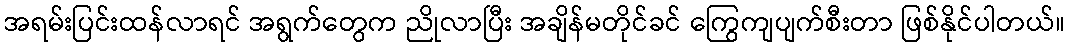
အရမ်းပြင်းထန်လာရင် အရွက်တွေက ညိုလာပြီး အချိန်မတိုင်ခင် ကြွေကျပျက်စီးတာ ဖြစ်နိုင်ပါတယ်။